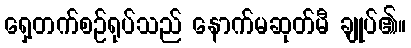
ရှေ့တက်စဉ်ရုပ်သည် နောက်မဆုတ်မီ ချုပ်၏။